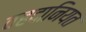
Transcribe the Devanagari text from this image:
वहदानियत